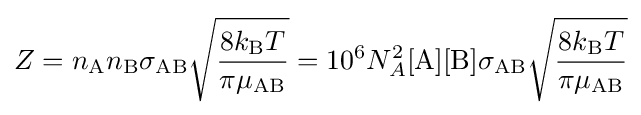
Z=n_{\text{A}}n_{\text{B}}\sigma _{\text{AB}}{\sqrt {\frac {8k_{\text{B}}T}{\pi \mu _{\text{AB}}}}}=10^{6}N_{A}^{2}{\text{[A][B]}}\sigma _{\text{AB}}{\sqrt {\frac {8k_{\text{B}}T}{\pi \mu _{\text{AB}}}}}